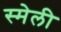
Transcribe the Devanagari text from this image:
स्मेली